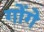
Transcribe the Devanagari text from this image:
गोंगे